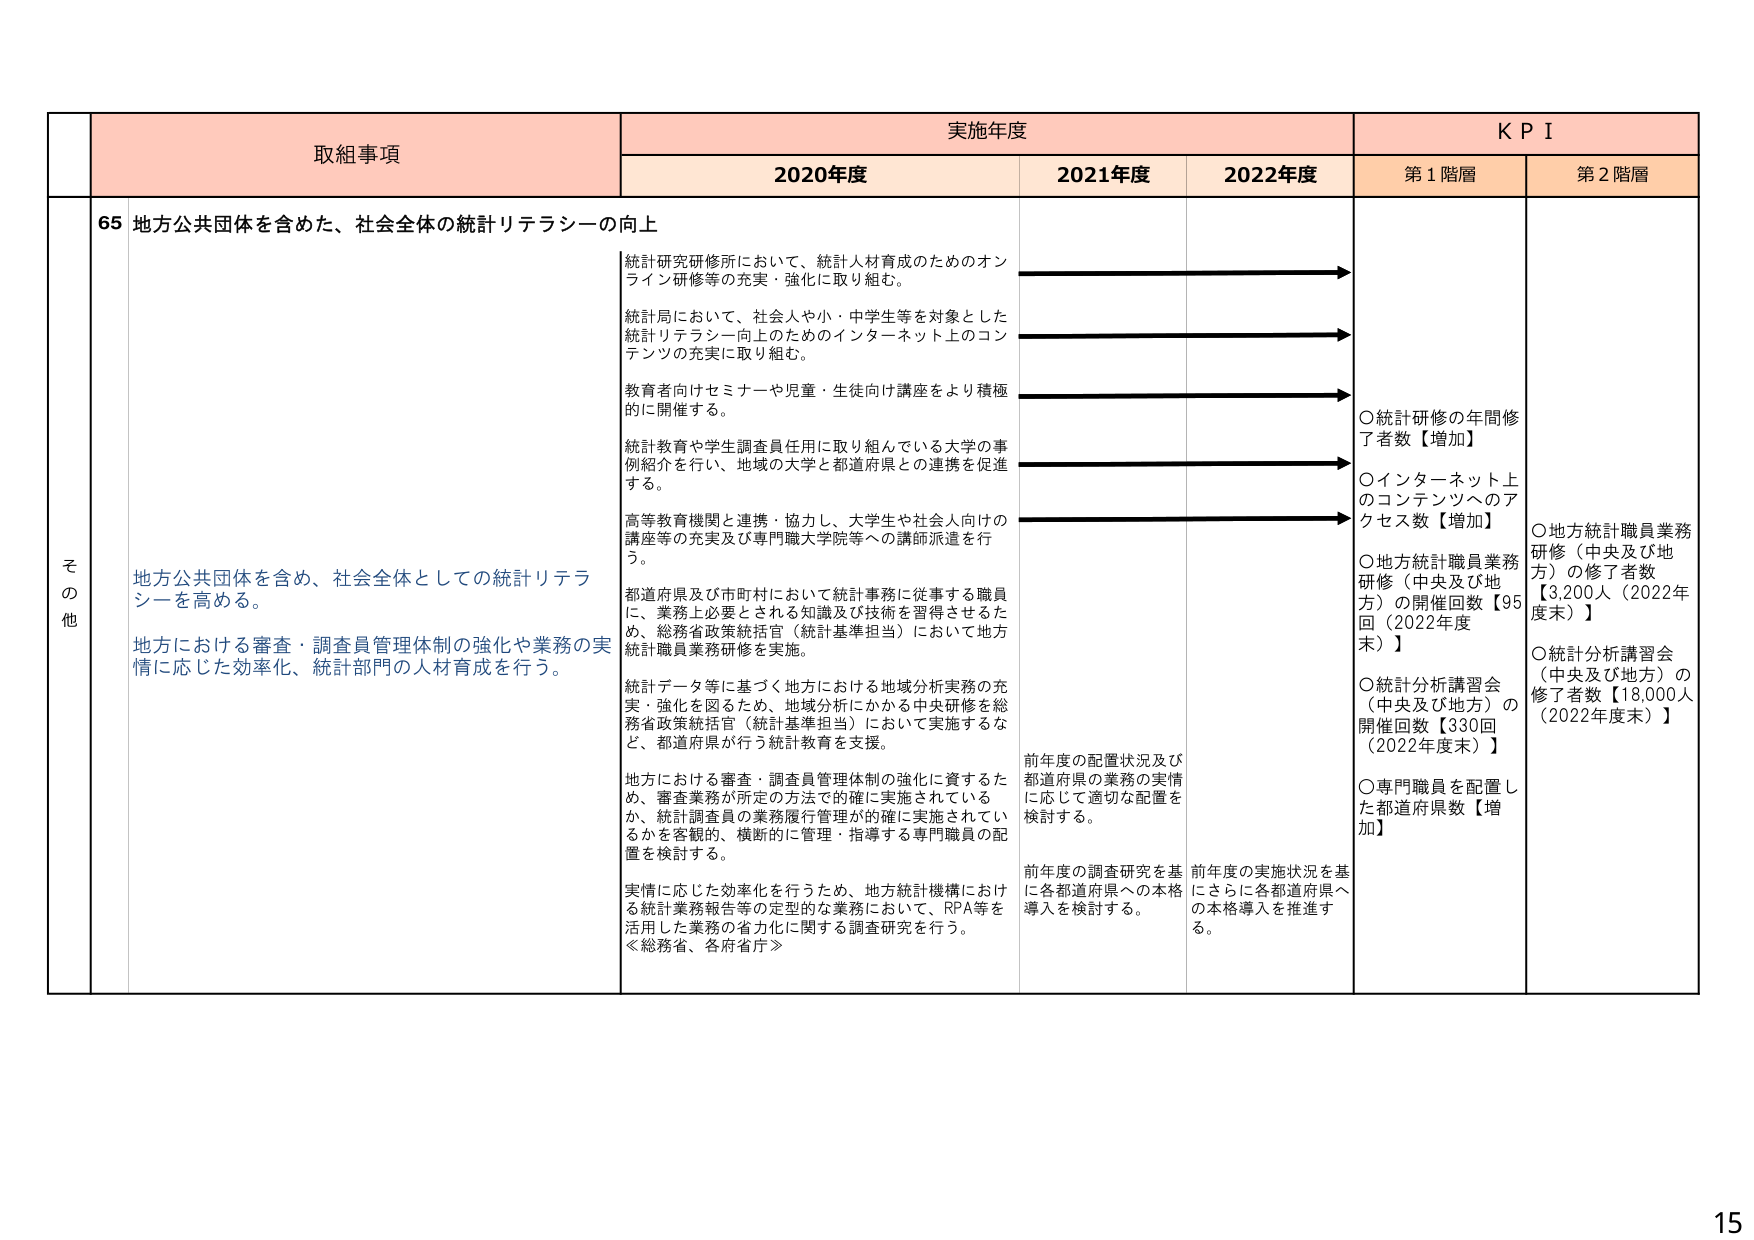
その他
取組事項
実施年度
KPI
2020年度
2021年度
2022年度
第1階層
第2階層
65 地方公共団体を含めた、社会全体の統計リテラシーの向上
統計研究研修所において、統計人材育成のためのオンライン研修等の充実・強化に取り組む。
統計局において、社会人や小・中学生等を対象とした統計リテラシー向上のためのインターネット上のコンテンツの充実に取り組む。
教育者向けセミナーや児童・生徒向け講座をより積極的に開催する。
統計教育や学生調査員任用に取り組んでいる大学の事例紹介を行い、地域の大学と都道府県との連携を促進する。
高等教育機関と連携・協力し、大学生や社会人向けの講座等の充実及び専門職大学院等への講師派遣を行う。
都道府県及び市町村において統計事務に従事する職員に、業務上必要とされる知識及び技術を習得させるため、総務省政策統括官（統計基準担当）において地方統計職員業務研修を実施。
統計データ等に基づく地方における地域分析実務の充実・強化を図るため、地域分析にかかる中央研修を総務省政策統括官（統計基準担当）において実施するなど、都道府県が行う統計教育を支援。
地方における審査・調査員管理体制の強化に資するため、審査業務が所定の方法で確に実施されているか、統計調査員の業務履行管理が確に実施されているかを客観的、横断的に管理・指導する専門職員の配置を検討する。
実情に応じた効率化を行うため、地方統計機構における統計業務報告等の定型的な業務において、RPA等を活用した業務の省力化に関する調査研究を行う。
〈総務省、各府省庁〉
前年度の配置状況及び都道府県の業務の実情に応じて適切な配置を検討する。
前年度の調査研究を基に各都道府県への本格導入を検討する。
前年度の実施状況を基にさらに各都道府県への本格導入を推進する。
○統計研修の年間修了者数【増加】
○インターネット上のコンテンツへのアクセス数【増加】
○地方統計職員業務研修（中央及び地方）の開催回数【95回（2022年度末）】
○統計分析講習会（中央及び地方）の開催回数【330回（2022年度末）】
○専門職員を配置した都道府県数【増加】
○地方統計職員業務研修（中央及び地方）の修了者数【3,200人（2022年度末）】
○統計分析講習会（中央及び地方）の修了者数【18,000人（2022年度末）】
地方公共団体を含め、社会全体としての統計リテラシーを高める。
地方における審査・調査員管理体制の強化や業務の実情に応じた効率化、統計部門の人材育成を行う。
15